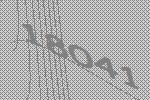
18041